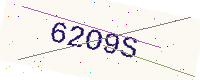
Text: 62O9S